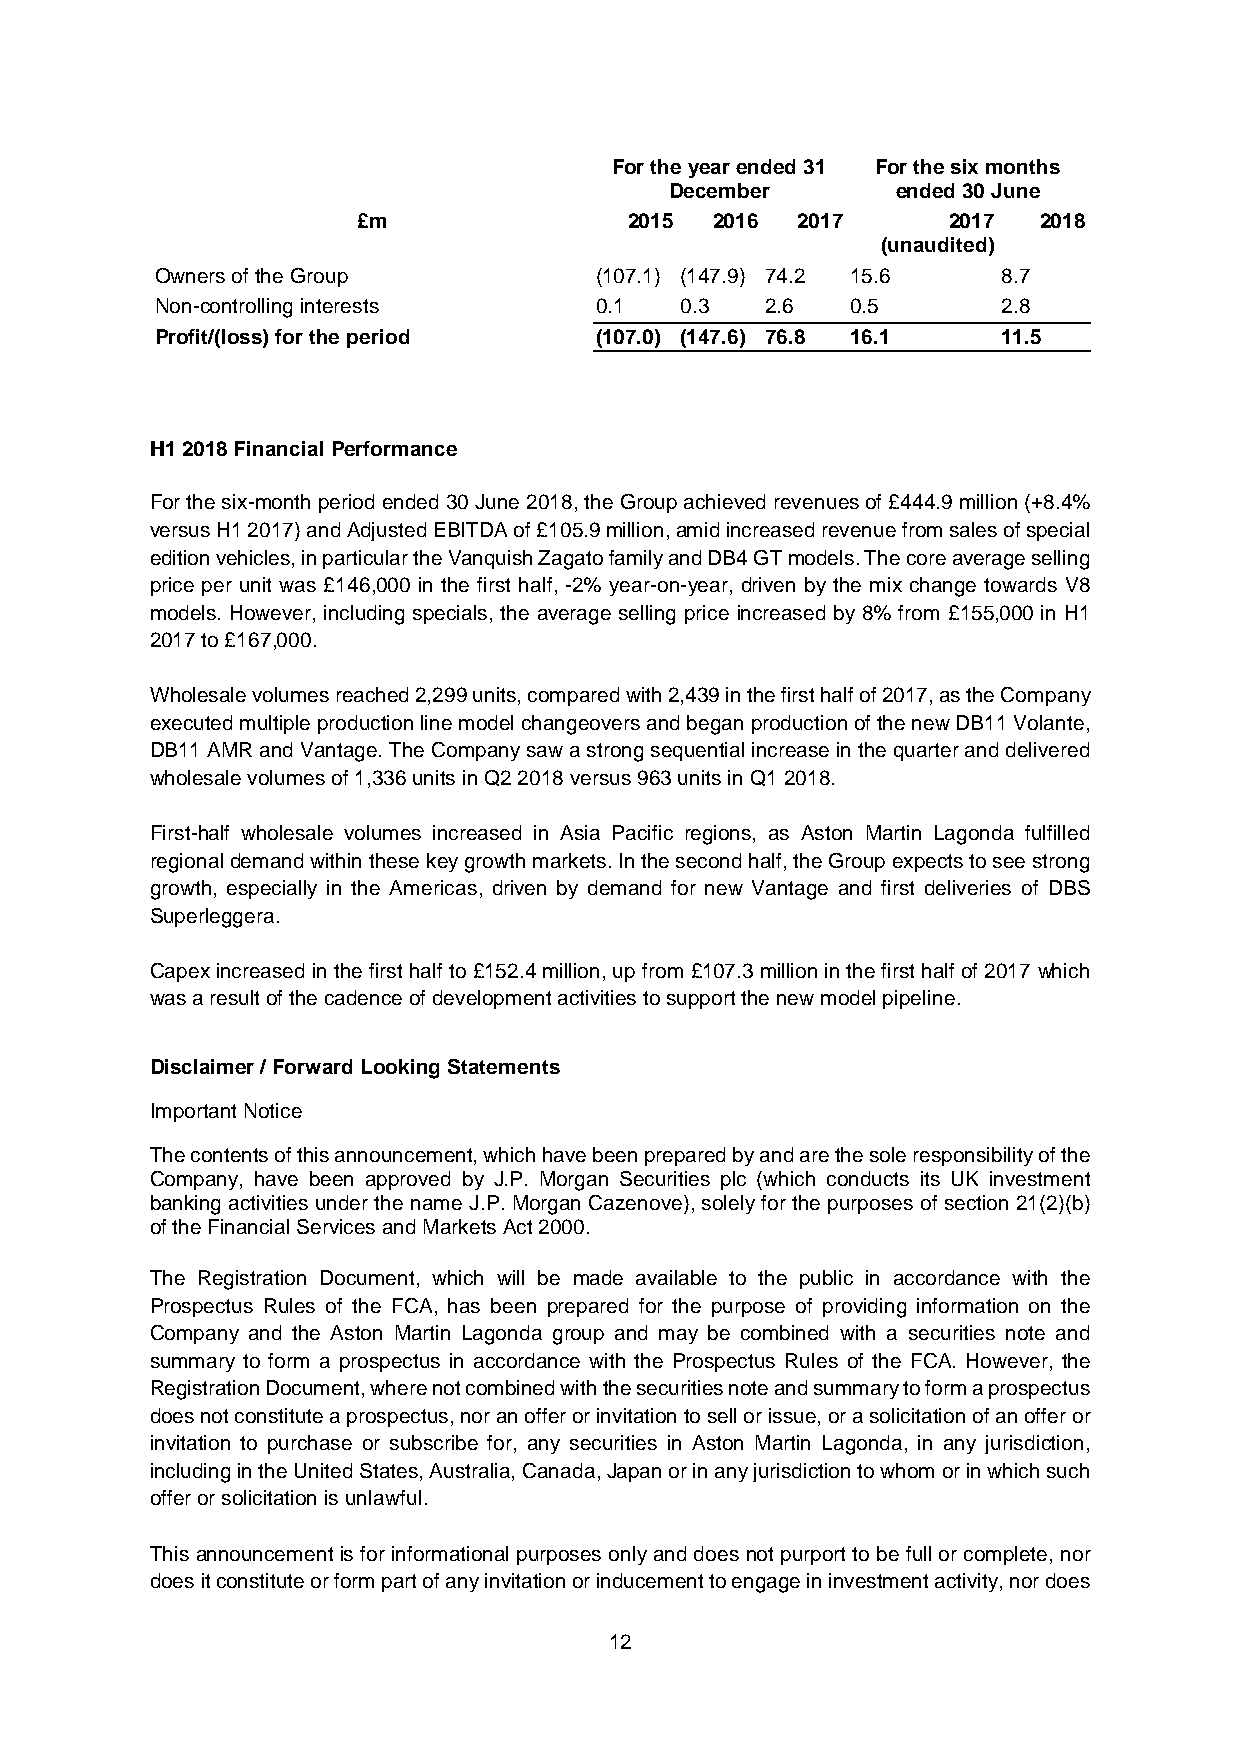
For the year ended 31 For the six months
 December       ended 30 June
 £m                2015 2016  2017      2017  2018
 (unaudited)
 Owners of the Group          (107.1) (147.9) 74.2 15.6  8.7
 Non-controlling interests    0.1   0.3   2.6  0.5       2.8
 Profit/(loss) for the period (107.0) (147.6) 76.8 16.1  11.5
 H1 2018 Financial Performance
 For the six-month period ended 30 June 2018, the Group achieved revenues of £444.9 million (+8.4%
 versus H1 2017) and Adjusted EBITDA of £105.9 million, amid increased revenue from sales of special
 edition vehicles, in particular the Vanquish Zagato family and DB4 GT models. The core average selling
 price per unit was £146,000 in the first half, -2% year-on-year, driven by the mix change towards V8
 models. However, including specials, the average selling price increased by 8% from £155,000 in H1
 2017 to £167,000.
 Wholesale volumes reached 2,299 units, compared with 2,439 in the first half of 2017, as the Company
 executed multiple production line model changeovers and began production of the new DB11 Volante,
 DB11 AMR and Vantage. The Company saw a strong sequential increase in the quarter and delivered
 wholesale volumes of 1,336 units in Q2 2018 versus 963 units in Q1 2018.
 First-half wholesale volumes increased in Asia Pacific regions, as Aston Martin Lagonda fulfilled
 regional demand within these key growth markets. In the second half, the Group expects to see strong
 growth, especially in the Americas, driven by demand for new Vantage and first deliveries of DBS
 Superleggera.
 Capex increased in the first half to £152.4 million, up from £107.3 million in the first half of 2017 which
 was a result of the cadence of development activities to support the new model pipeline.
 Disclaimer / Forward Looking Statements
 Important Notice
 The contents of this announcement, which have been prepared by and are the sole responsibility of the
 Company, have been approved by J.P. Morgan Securities plc (which conducts its UK investment
 banking activities under the name J.P. Morgan Cazenove), solely for the purposes of section 21(2)(b)
 of the Financial Services and Markets Act 2000.
 The Registration Document, which will be made available to the public in accordance with the
 Prospectus Rules of the FCA, has been prepared for the purpose of providing information on the
 Company and the Aston Martin Lagonda group and may be combined with a securities note and
 summary to form a prospectus in accordance with the Prospectus Rules of the FCA. However, the
 Registration Document, where not combined with the securities note and summary to form a prospectus
 does not constitute a prospectus, nor an offer or invitation to sell or issue, or a solicitation of an offer or
 invitation to purchase or subscribe for, any securities in Aston Martin Lagonda, in any jurisdiction,
 including in the United States, Australia, Canada, Japan or in any jurisdiction to whom or in which such
 offer or solicitation is unlawful.
 This announcement is for informational purposes only and does not purport to be full or complete, nor
 does it constitute or form part of any invitation or inducement to engage in investment activity, nor does
 12